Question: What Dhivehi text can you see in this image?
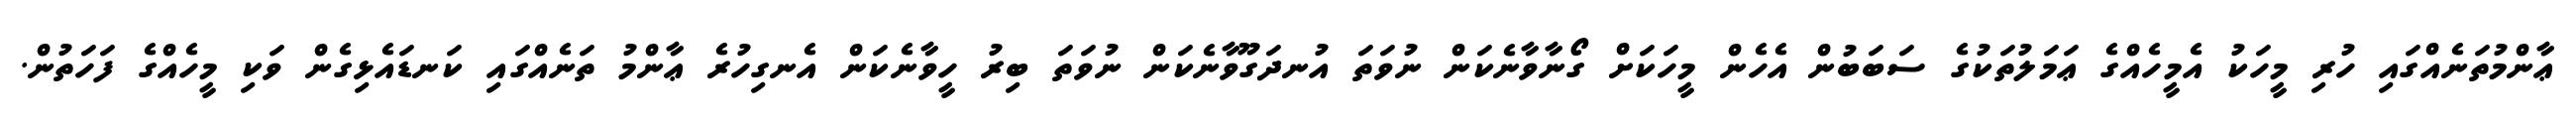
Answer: ޢާންމުތަނެއްގައި ހުރި މީހަކު އެމީހެއްގެ ޢަމަލުތަކުގެ ސަބަބުން އެހެން މީހަކަށް ގޯނާވާނެކަން ނުވަތަ އުނދަގޫވާނެކަން ނުވަތަ ބިރު ހީވާނެކަން އެނގިހުރެ ޢާންމު ތަނެއްގައި ކަނޑައެޅިގެން ވަކި މީހެއްގެ ފަހަތުން.